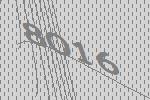
8016